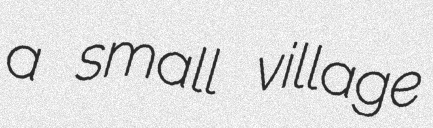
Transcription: a small village